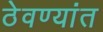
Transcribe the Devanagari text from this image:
ठेवण्यांत